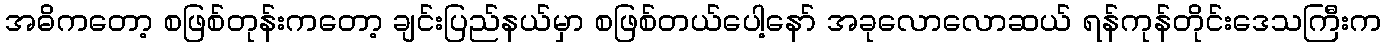
အဓိကတော့ စဖြစ်တုန်းကတော့ ချင်းပြည်နယ်မှာ စဖြစ်တယ်ပေါ့နော် အခုလောလောဆယ် ရန်ကုန်တိုင်းဒေသကြီးက